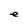
Character: e